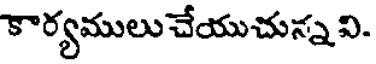
కార్యములు చేయుచున్నవి.